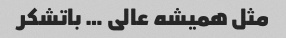
مثل همیشه عالی … باتشکر